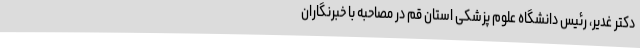
دکتر غدیر، رئیس دانشگاه علوم پزشکی استان قم در مصاحبه با خبرنگاران